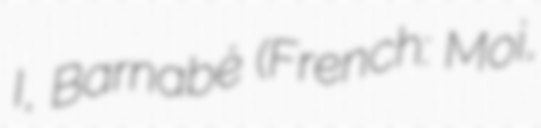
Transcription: I, Barnabé (French: Moi,